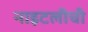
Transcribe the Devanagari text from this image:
नाइटलीची